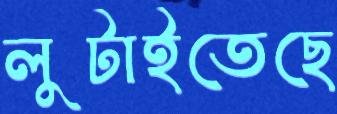
লুটাইতেছে